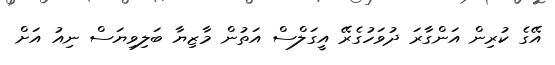
އޭގެ ކުރިން އަންގާރަ ދުވަހުގެރޭ އީގަލްސް އަތުން މާޒިޔާ ބަލިވިޔަސް ނިއު އަށް